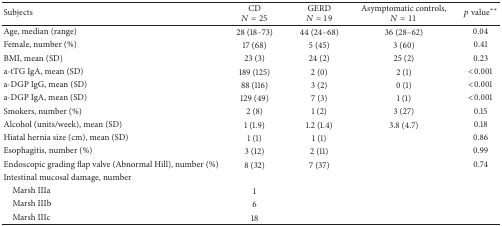
<table><thead><tr><td><b>Subjects</b></td><td><b>CD <i>N</i> = 25</b></td><td><b>GERD <i>N</i> = 19</b></td><td><b>Asymptomatic controls,<i>N</i> = 11</b></td><td><b><i>p</i> value<sup><i>∗∗</i></sup></b></td></tr></thead><tbody><tr><td>Age, median (range) </td><td>28 (18–73)</td><td>44 (24–68)</td><td>36 (28–62)</td><td>0.04</td></tr><tr><td>Female, number (%)</td><td>17 (68)</td><td>5 (45)</td><td>3 (60)</td><td>0.41</td></tr><tr><td>BMI, mean (SD)</td><td>23 (3)</td><td>24 (2)</td><td>25 (2)</td><td>0.23</td></tr><tr><td>a-tTG IgA, mean (SD)</td><td>189 (125)</td><td>2 (0)</td><td>2 (1)</td><td>&lt;0.001</td></tr><tr><td>a-DGP IgG, mean (SD)</td><td>88 (116)</td><td>3 (2)</td><td>0 (1)</td><td>&lt;0.001</td></tr><tr><td>a-DGP IgA, mean (SD)</td><td>129 (49)</td><td>7 (3)</td><td>1 (1)</td><td>&lt;0.001</td></tr><tr><td>Smokers, number (%)</td><td>2 (8)</td><td>1 (2)</td><td>3 (27)</td><td>0.15</td></tr><tr><td>Alcohol (units/week), mean (SD)</td><td>1 (1.9)</td><td>1.2 (1.4)</td><td>3.8 (4.7)</td><td>0.18</td></tr><tr><td>Hiatal hernia size (cm), mean (SD)</td><td>1 (1)</td><td>1 (1)</td><td> </td><td>0.86</td></tr><tr><td>Esophagitis, number (%)</td><td>3 (12)</td><td>2 (11)</td><td> </td><td>0.99</td></tr><tr><td>Endoscopic grading flap valve (Abnormal Hill), number (%)</td><td>8 (32)</td><td>7 (37)</td><td> </td><td>0.74</td></tr><tr><td>Intestinal mucosal damage, number </td><td> </td><td> </td><td> </td><td> </td></tr><tr><td> Marsh IIIa</td><td>1</td><td> </td><td> </td><td> </td></tr><tr><td> Marsh IIIb</td><td>6</td><td> </td><td> </td><td> </td></tr><tr><td> Marsh IIIc </td><td>18</td><td> </td><td> </td><td> </td></tr></tbody></table>